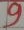
Text: 9